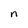
Character: n